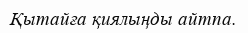
Қытайға қиялыңды айтпа.